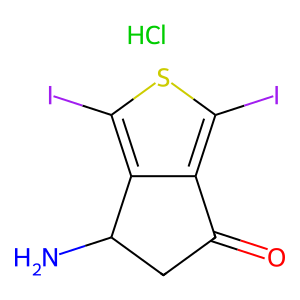
SMILES: Cl.NC1CC(=O)c2c(I)sc(I)c21
Inhibits HIV replication: No